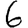
Digit: 6